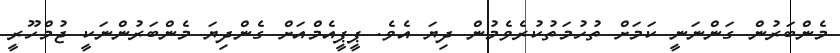
މެންބަރުން ގަންނަނީ ކަމަށް ތުހުމަތުކުރެވެމުން ދިޔަ އެވެ. ޕީޕީއެމްއަށް ގެންދިޔަ މެންބަރުންނަކީ ޖުމްހޫރީ